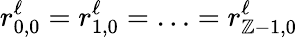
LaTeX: r_{0,0}^{\ell}=r_{1,0}^{\ell}=\ldots=r_{\mathbb{Z}-1,0}^{\ell}